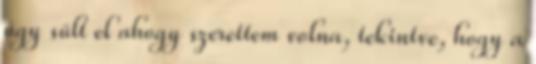
úgy sült el ahogy szerettem volna, tekintve, hogy a